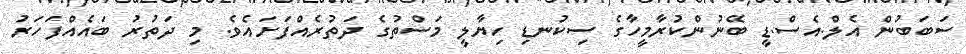
ސަބަބުން އެލް.އެސް.ޑީ ބޭނުންކުރާމީހާގެ ސިކުނޑި ހިޔާލީ މަސްތުގެ ދަތުރެއްފަށައެވެ. މި ދަތުރު ބައެއްފަހަރު